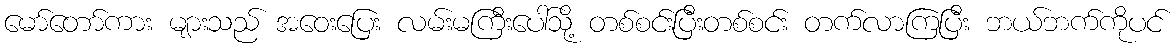
မော်တော်ကား များသည် အဝေးပြေး လမ်းမကြီးပေါ်သို့ တစ်စင်းပြီးတစ်စင်း တက်လာကြပြီး ဘယ်ဘက်ကိုပင်